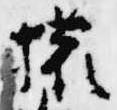
権